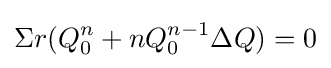
\Sigma r(Q_{0}^{n}+nQ_{0}^{n-1}\Delta Q)=0